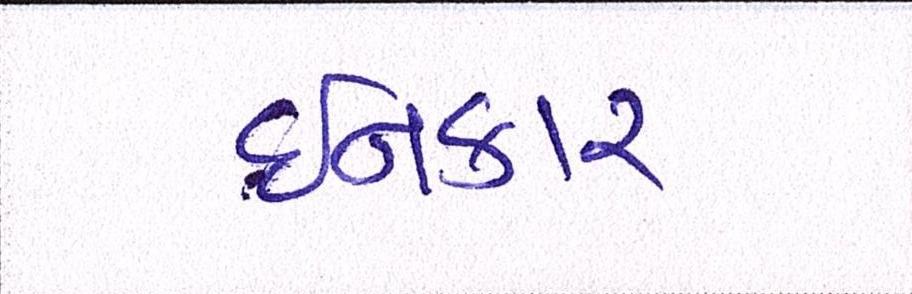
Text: ઈનકાર